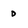
Character: 0